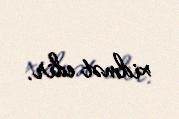
xidmət edir.